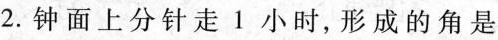
2.钟面上分针走1小时，形成的角是